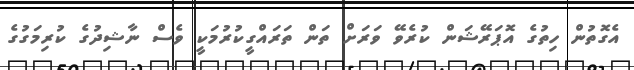
އެގޮތުން ހިތުގެ އޮޕަރޭޝަން ކުރެވޭ ވަރަށް ތަން ތަރައްގީކުރުމަކީ ވެސް ނާޝިދުގެ ކުރިމަގުގެ